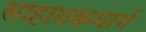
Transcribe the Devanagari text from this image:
साहायकमार्ग